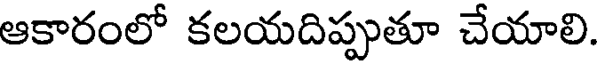
ఆకారంలో కలయదిప్పుతూ చేయాలి.